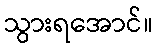
သွားရအောင်။